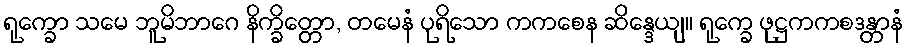
ရုက္ခော သမေ ဘူမိဘာဂေ နိက္ခိတ္တော, တမေနံ ပုရိသော ကကစေန ဆိန္ဒေယျ။ ရုက္ခေ ဖုဋ္ဌကကစဒန္တာနံ